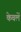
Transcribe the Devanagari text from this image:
केबलें